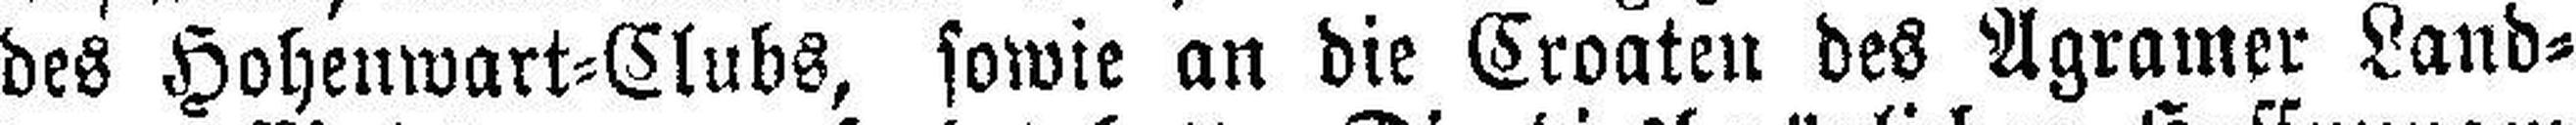
des Hohenwart=Clubs, sowie an die Croaten des Agramer Land¬